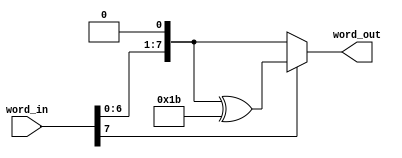
`timescale 1ns / 1ps
//////////////////////////////////////////////////////////////////////////////////
// Company: 
// Engineer: 
// 
// Design Name: 
// Module Name: times_two
// Project Name: 
// Target Devices: 
// Tool Versions: 
// Description: 
// 
// Dependencies: 
// 
// Revision:
// Revision 0.01 - File Created
// Additional Comments:
// 
//////////////////////////////////////////////////////////////////////////////////

`define TIMES_TWO_VAL 8'h1B

module times_two(word_in, word_out);

    input [7:0] word_in;
    output wire [7:0] word_out;
//    output reg [7:0] word_out;
    
    assign word_out = (word_in[7] == 1'b1) ?  ((word_in << 1) ^ `TIMES_TWO_VAL) : (word_in << 1);
    
//    always @(*) begin
//        // shift left 1 bit
//        word_out = word_in << 1;
    
//        if (word_in[7] == 1'b1) begin
//            word_out = word_out ^ 8'h1B;
//        end
//    end

endmodule